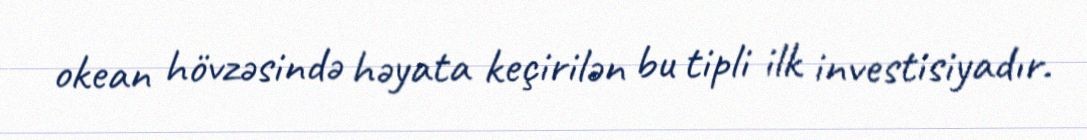
okean hövzəsində həyata keçirilən bu tipli ilk investisiyadır.